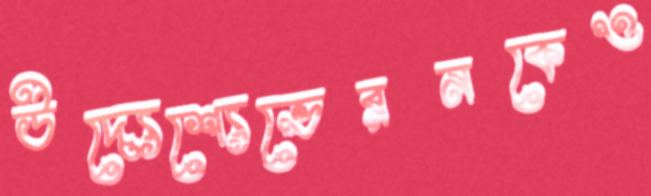
উদ্যেশ্যেভেরনকেও